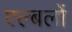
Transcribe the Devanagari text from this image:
एल्बलों